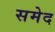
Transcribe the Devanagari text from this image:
समेद